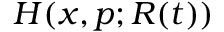
H ( x , p ; R ( t ) )